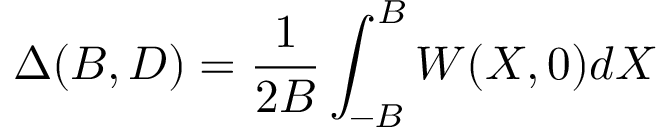
\Delta ( B , D ) = \frac { 1 } { 2 B } \int _ { - B } ^ { B } W ( X , 0 ) d X